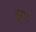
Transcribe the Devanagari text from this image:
झा।